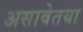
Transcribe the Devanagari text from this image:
असावेतया